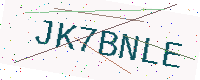
Text: JK7BNLE